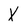
Character: X